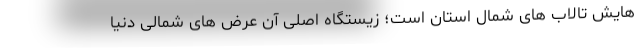
هایش تالاب های شمال استان است؛ زیستگاه اصلی آن عرض های شمالی دنیا